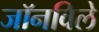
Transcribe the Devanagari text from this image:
जॉनविले